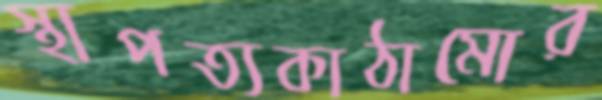
স্থাপত্যকাঠামোর